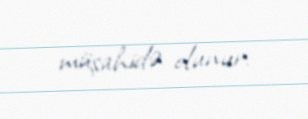
müşahidə olunur.